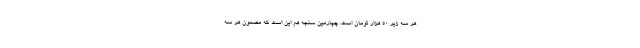
هر سه زیر 50 هزار تومان است. چهارمین سنجه هم این است که مضمون هر سه